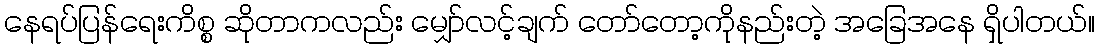
နေရပ်ပြန်ရေးကိစ္စ ဆိုတာကလည်း မျှော်လင့်ချက် တော်တော့ကိုနည်းတဲ့ အခြေအနေ ရှိပါတယ်။